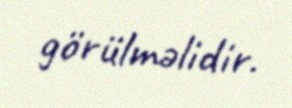
görülməlidir.